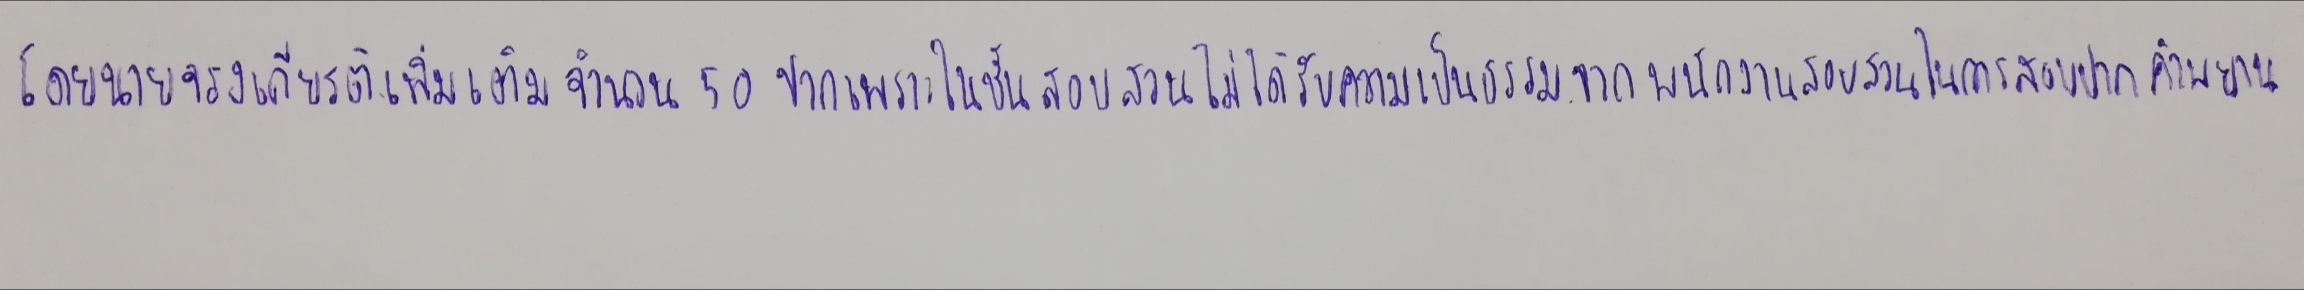
โดยนายจรุงเกียรติเพิ่มเติมจำนวน50ปากเพราะในชั้นสอบสวนไม่ได้รับความเป็นธรรมจากพนักงานสอบสวนในการสอบปากคำพยาน